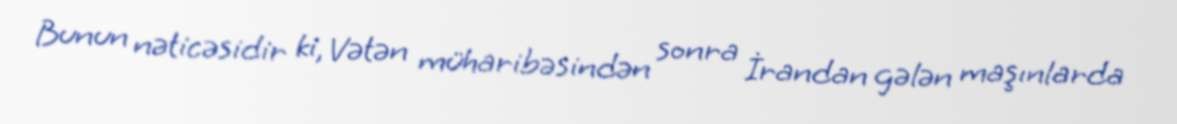
Bunun nəticəsidir ki, Vətən müharibəsindən sonra İrandan gələn maşınlarda